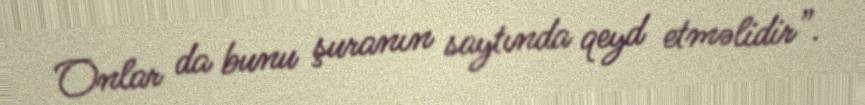
Onlar da bunu şuranın saytında qeyd etməlidir”.